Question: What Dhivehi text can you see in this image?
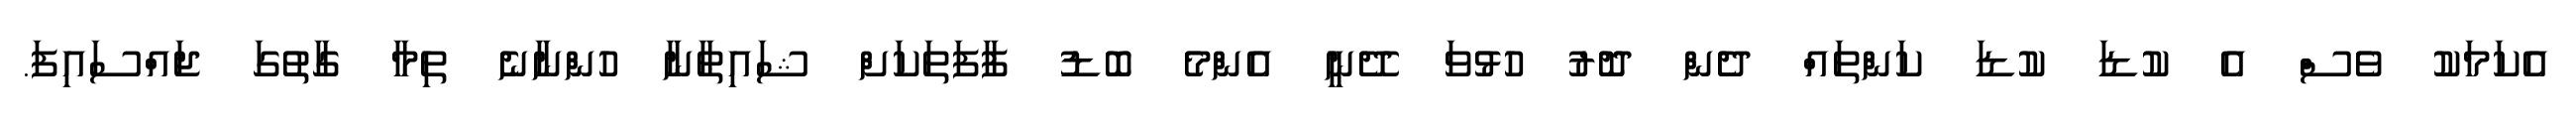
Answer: އެކަމަކު ވެސް އެ ކުޑަ ކުޑަ ކަންތައް ދެން ދޮރު ހުޅުވަ ދޭނީ އެންމެ ބޮޑު ފާފަތަކަށް ޝައިޠާނާ ހުންނާނެ ތިމާ ގާތުގަ ޖައްސައިފަ.